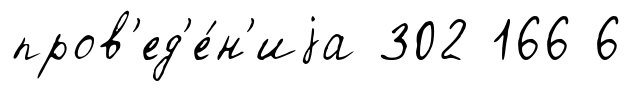
пров'ед'е́н'иjа 302 166 6